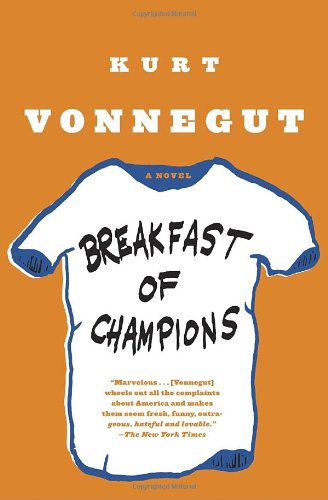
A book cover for Breakfast of Champions: A Novel; Kurt Vonnegut; Humor & Entertainment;